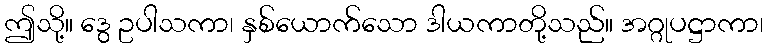
ဤသို့။ ဒွေ ဥပါသကာ၊ နှစ်ယောက်သော ဒါယကာတို့သည်။ အဂ္ဂုပဋ္ဌာကာ၊